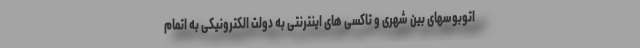
اتوبوسهای بین شهری و تاکسی های اینترنتی به دولت الکترونیکی به اتمام